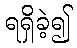
ရရှိခဲ့၍